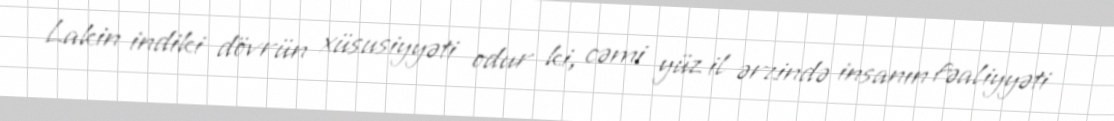
Lakin indiki dövrün xüsusiyyəti odur ki, cəmi yüz il ərzində insanın fəaliyyəti